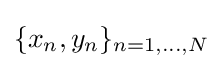
\{x_{n},y_{n}\}_{n=1,\ldots ,N}